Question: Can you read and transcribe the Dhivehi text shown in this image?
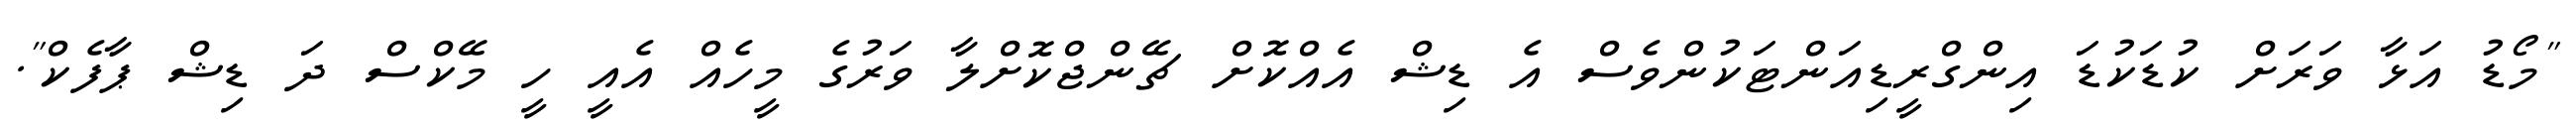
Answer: "މޯޑު އަޅާ ވަރަށް ކުޑަކުޑަ އިންގްރީޑިއަންޓަކުންވެސް އެ ޑިޝް އެއްކޮށް ޗޭންޖްކޮށްލާ ވަރުގެ މީހެއް އެއީ ހީ މޭކްސް ދަ ޑިޝް ޕާފެކް".